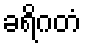
ခရိဂတံ